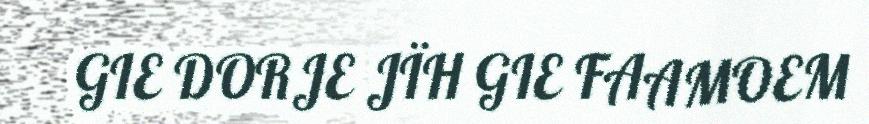
GIE DORJE JÏH GIE FAAMOEM